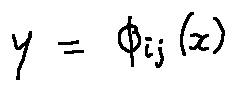
y = \phi _ { i j } ( x )